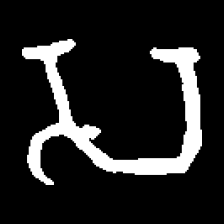
Pyu character \u2014 Myanmar letter: သ (romanized: sa)